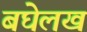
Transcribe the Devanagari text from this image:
बघेलखं